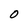
Character: 0